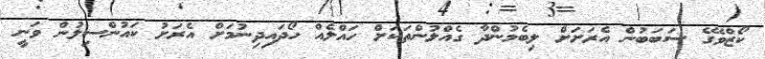
ކޯޒްވޭގެ ސަބަބުން އެރަށަށް ލިބެމުންދާ ގެއްލުންތަކަށް ހައްލެއް ހޯދައިދިނުމަށް އެރަށު ކައުންސިލުން ވަނީ